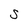
Character: s